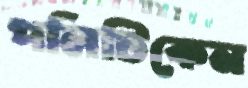
পলিটিকেন